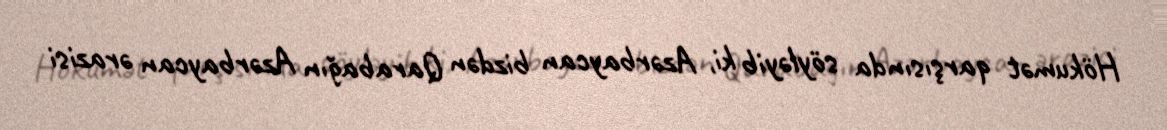
Hökumət qarşısında söyləyib ki, Azərbaycan bizdən Qarabağın Azərbaycan ərazisi